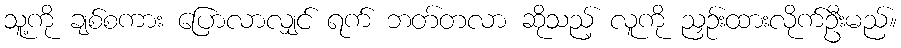
သူ့ကို ချစ်စကား ပြောလာလျှင် ရက် ဘတ်တလာ ဆိုသည့် လူကို ညှဉ်းထားလိုက်ဦးမည်။